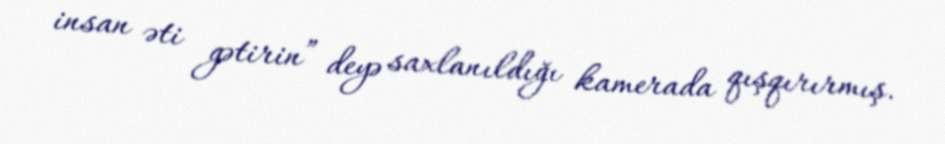
insan əti gətirin” deyə saxlanıldığı kamerada qışqırırmış.